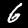
Digit: 6